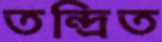
তন্দ্রিত